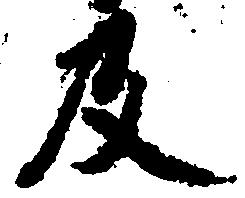
及